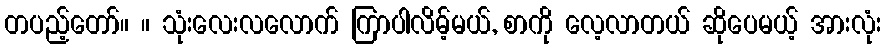
တပည့်တော်။ ။ သုံးလေးလလောက် ကြာပါလိမ့်မယ်, စာကို လေ့လာတယ် ဆိုပေမယ့် အားလုံး